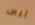
ليس